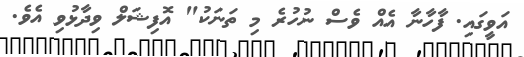
އަވީގައި. ފާހާނާ އެއް ވެސް ނުހުރެ މި ތަނަކު" އޮފިޝަލް ވިދާޅުވި އެވެ.